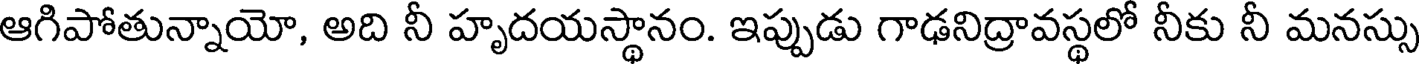
ఆగిపోతున్నాయో, అది నీ హృదయస్థానం. ఇప్పుడు గాఢనిద్రావస్థలో నీకు నీ మనస్సు